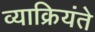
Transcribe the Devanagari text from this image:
व्याक्रियंते